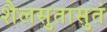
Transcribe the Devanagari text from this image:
शैलसुतासुतं